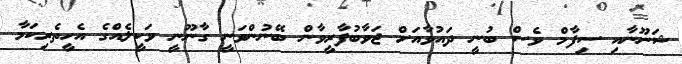
ޝަނޫނާއި ސިފާމް ވެސް ބުނީ ދައުވާއަށް ޖަވާބުފާރީވާން ބޭނުންވަނީ ގާނޫނީ ވަކީލެއްގެ އެހީތެރިކަމާ